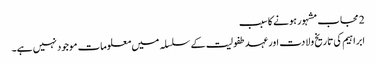
2 مجاب مشہور ہونے کا سبب
ابراہیم کی تاریخ ولادت اور عہد طفولیت کے سلسلہ میں معلومات موجود نہیں ہے۔